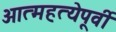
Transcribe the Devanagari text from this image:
आत्महत्येपूर्वी